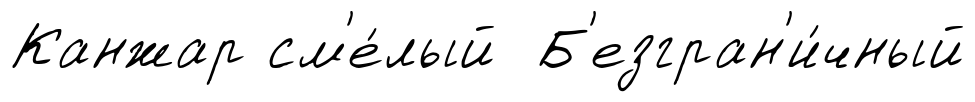
Канжар см'е́лый Б'езгран'и́чный